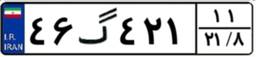
۴۶گ۴۲۱۱۱